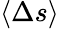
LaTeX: \langle\Delta s\rangle